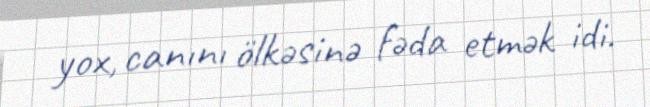
yox, canını ölkəsinə fəda etmək idi.